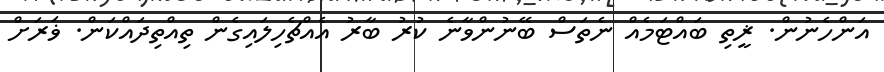
އަންހެނުން. ޜީތި ބައްޓަމެއް ނެތަސް ބޭނުންވާނެ ކުރު ބާރު އެއްޗެހިލައިގެން ތިއްތިދައްކަން. ޥަރަށް